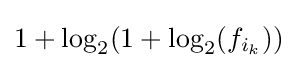
1+\log _{2}(1+\log _{2}(f_{i_{k}}))